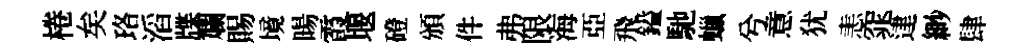
棬矣珞滔牒斕賜境暘霞堰磴頒件弗限海亞飛鎰馳蠟兮意犹恚窕䢖緲肆